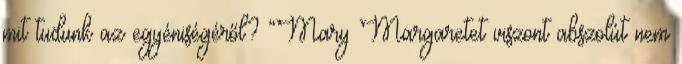
mit tudunk az egyéniségéről? “Mary Margaretet viszont abszolút nem